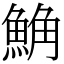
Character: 𩷛